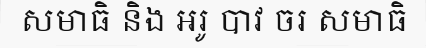
សមាធិ និង អរូ បាវ ចរ សមាធិ